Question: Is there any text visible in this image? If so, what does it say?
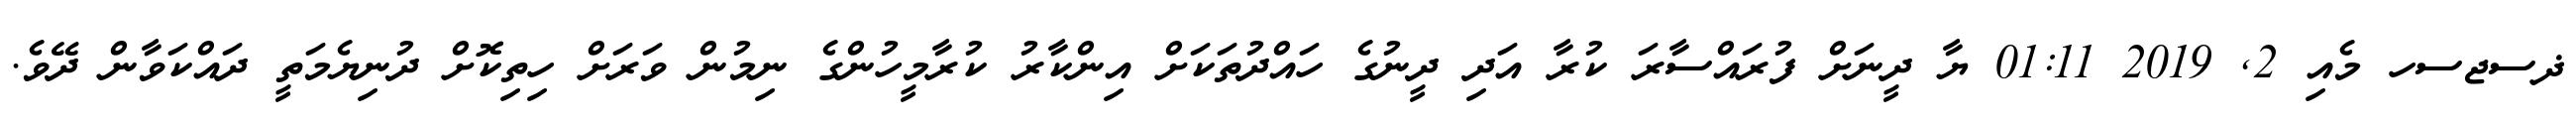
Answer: ޛސޖސހ މެއި 2, 2019 01:11 ޔާ ދީނަށް ފުރައްސާރަ ކުރާ އަދި ދީނުގެ ހައްދުތަކަށް އިންކާރު ކުރާމީހުންގެ ނިމުން ވަރަށް ހިތިކޮށް ދުނިޔެމަތީ ދައްކަވާން ދޭވެ.